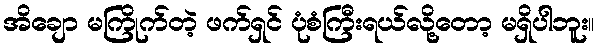
အိချော မကြိုက်တဲ့ ဖက်ရှင် ပုံစံကြီးရယ်လို့တော့ မရှိပါဘူး။